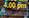
4:00pm